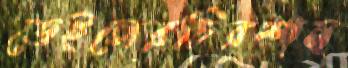
ডেইলেরচিরশান্